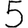
Digit: 5